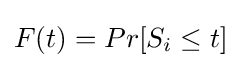
F(t)=Pr[S_{i}\leq t]